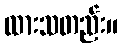
ထားသတည်း။